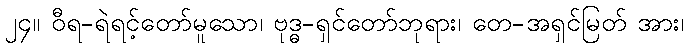
၂၄။ ဝီရ-ရဲရင့်တော်မူသော၊ ဗုဒ္ဓ-ရှင်တော်ဘုရား၊ တေ-အရှင်မြတ် အား၊